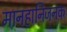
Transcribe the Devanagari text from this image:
मानहानिजनक